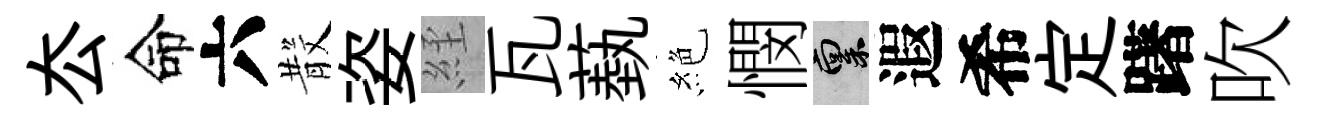
厺命六𣪚姿𦀇瓦蓺絶憫禀遐希定躇吹